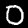
Label: 0